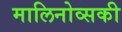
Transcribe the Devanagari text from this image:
मालिनोव्सकी